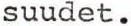
suudet.